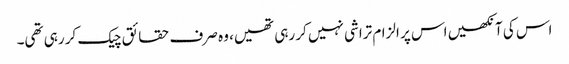
اس کی آنکھیں اس پر الزام تراشی نہیں کر رہی تھیں، وہ صرف حقائق چیک کر رہی تھی۔